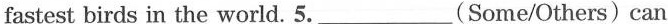
fastest birds in the world. 5.___(Some/Others) can